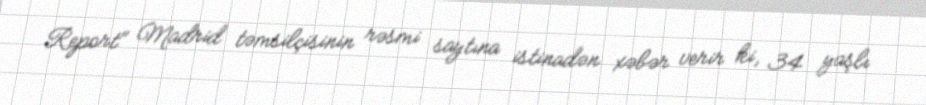
Report" Madrid təmsilçisinin rəsmi saytına istinadən xəbər verir ki, 34 yaşlı